Lock hospitals Punjab
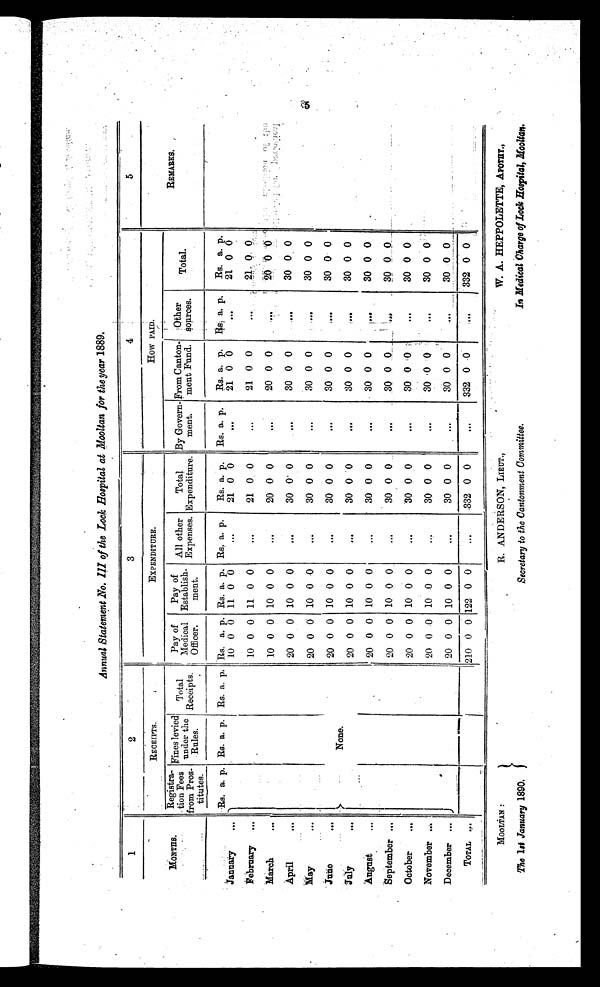
M O O L T A N :
The 1st January 1890.
R. ANDERSON, LIEUT.,
Secretary to the Cantonment Committee.
W. A. HEPPOLETTE, APOTHY.,
In Medical Charge of Lock Hospital, Mooltan.
Annual Statement No. III of the Lock Hospital at Mooltan for the year 1889.
1
2
3
4
5
MONTHS.
RECEIPTS.
EXPENDITURE.
How PAID.
R E M A R K S .
Registra-
tion Fees
from Pros-
titutes.
Fines levied
under the
Rules.
Total
Receipts.
Pay of
M e d i c a l
Officer.
Pay of
E s t a b l i s h -
ment.
All other
Expenses.
Total
Expenditure.
By Govern-
ment.
From Canton-
ment Fund.
Other
source.
Total.
Rs. a. p. Rs. a. p. Rs. a. p. Rs. a. p. Rs. a. p . Rs. a. p.
Rs. a. p.
Rs. a. p.
Rs. a. p.
R s . a. p. Rs. a. p.
January
...
10 0 0 11 0 0
...
2 1
0 0
. . .
21
0
0
. . .
21
0
0
February
...
10 0 0
1 1 0 0
...
21 0 0
. . .
21 0 0
. . .
21
0 0
March
...
10 0 0 10 0 0
...
20 0 0
. . .
20 0 0
. . .
20
0
April
. . .
20 0 0 10 0 0
...
30 0 0
. . .
30 0 0
. . .
30
0 0
May
. . .
20 0 0 10 0
...
30 0 0
. . .
30 0 0
....
3 0 0
0
June
. . .
None.
20 0 0
1 0 0 0
...
30 0 0
. . .
30 0 0
...
30 0 0
July . . .
20 0 0 10 0 0
...
30 0 0
. . .
30
0
0
. . .
30
0 0
August
...
20 0 0 10 0 0
...
30 0 0
...
30 0 0
. . .
30 0 0
.
September ...
20 0 0 10 0 0
...
30 0 0
. . .
30 0 0
30 0
0
October
...
20 0 0 10 0 0
...
3 0 0 0
. . .
30
0 0
...
30 0 0
November
. . .
20 0
10
0
...
30 0 0
30 0 0
...
30 0 0
December ...
20 0 0 10 0 0
...
30 0 0
. . .
30
0
0
. . .
30 0 0
TOTAL ...
210 0 0 122 0 0
...
332 0 0
...
332 0 0
...
332 0 0